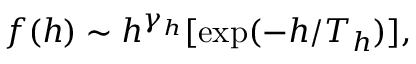
f ( h ) \sim h ^ { \gamma _ { h } } [ \mathrm { e x p } ( - h / T _ { h } ) ] ,